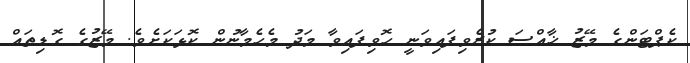
ކެޕްޓަންގެ މޭޒު ޚާއްސަ ކުރެވިފައިވަނީ ހޮވިފައިވާ މަދު މެހެމާނުން ކޮޅަކަށެވެ. މޭޒުގެ ގޮޑިތައް